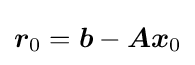
{\boldsymbol {r}}_{0}={\boldsymbol {b}}-{\boldsymbol {Ax}}_{0}